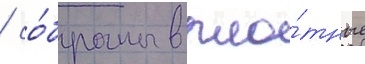
/ со́браны в пло́тные